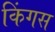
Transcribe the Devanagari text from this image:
किंगस